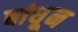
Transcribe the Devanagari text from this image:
बांधू्न